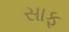
સાફ